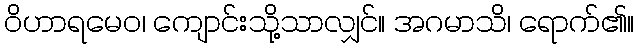
ဝိဟာရမေဝ၊ ကျောင်းသို့သာလျှင်။ အဂမာသိ၊ ရောက်၏။